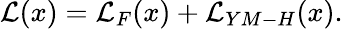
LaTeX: {\cal{L}}(x)={\cal L}_{F}(x)+{\cal L}_{YM-H}(x).